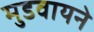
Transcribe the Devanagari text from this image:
मुडवायने